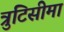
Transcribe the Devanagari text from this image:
त्रुटिसीमा